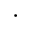
\cdot